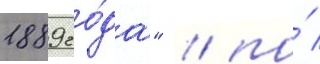
1889 го́да" / по́